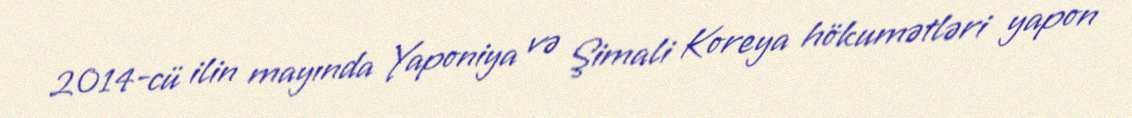
2014-cü ilin mayında Yaponiya və Şimali Koreya hökumətləri yapon